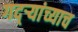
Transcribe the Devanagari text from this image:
गद्र्‍यांच्याच